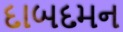
દાબદમન